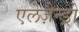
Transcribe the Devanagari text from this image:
एलेज़ैन्ड्रो